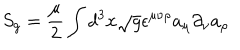
LaTeX: S _ { g } = { \frac { \mu } { 2 } } \int d ^ { 3 } x \sqrt g \epsilon ^ { \mu \nu \rho } a _ { \mu } \partial _ { \nu } a _ { \rho }